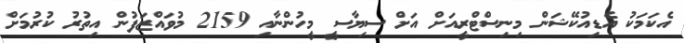
އެކަމަކު އެޑިއުކޭޝަން މިނިސްޓްރީއަށް އަށް ސިޔާސީ މީހުންނާއި 2159 މުވައްޒަފުން އިތުރު ކުރުމަށް